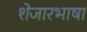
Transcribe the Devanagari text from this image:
शेजारभाषा